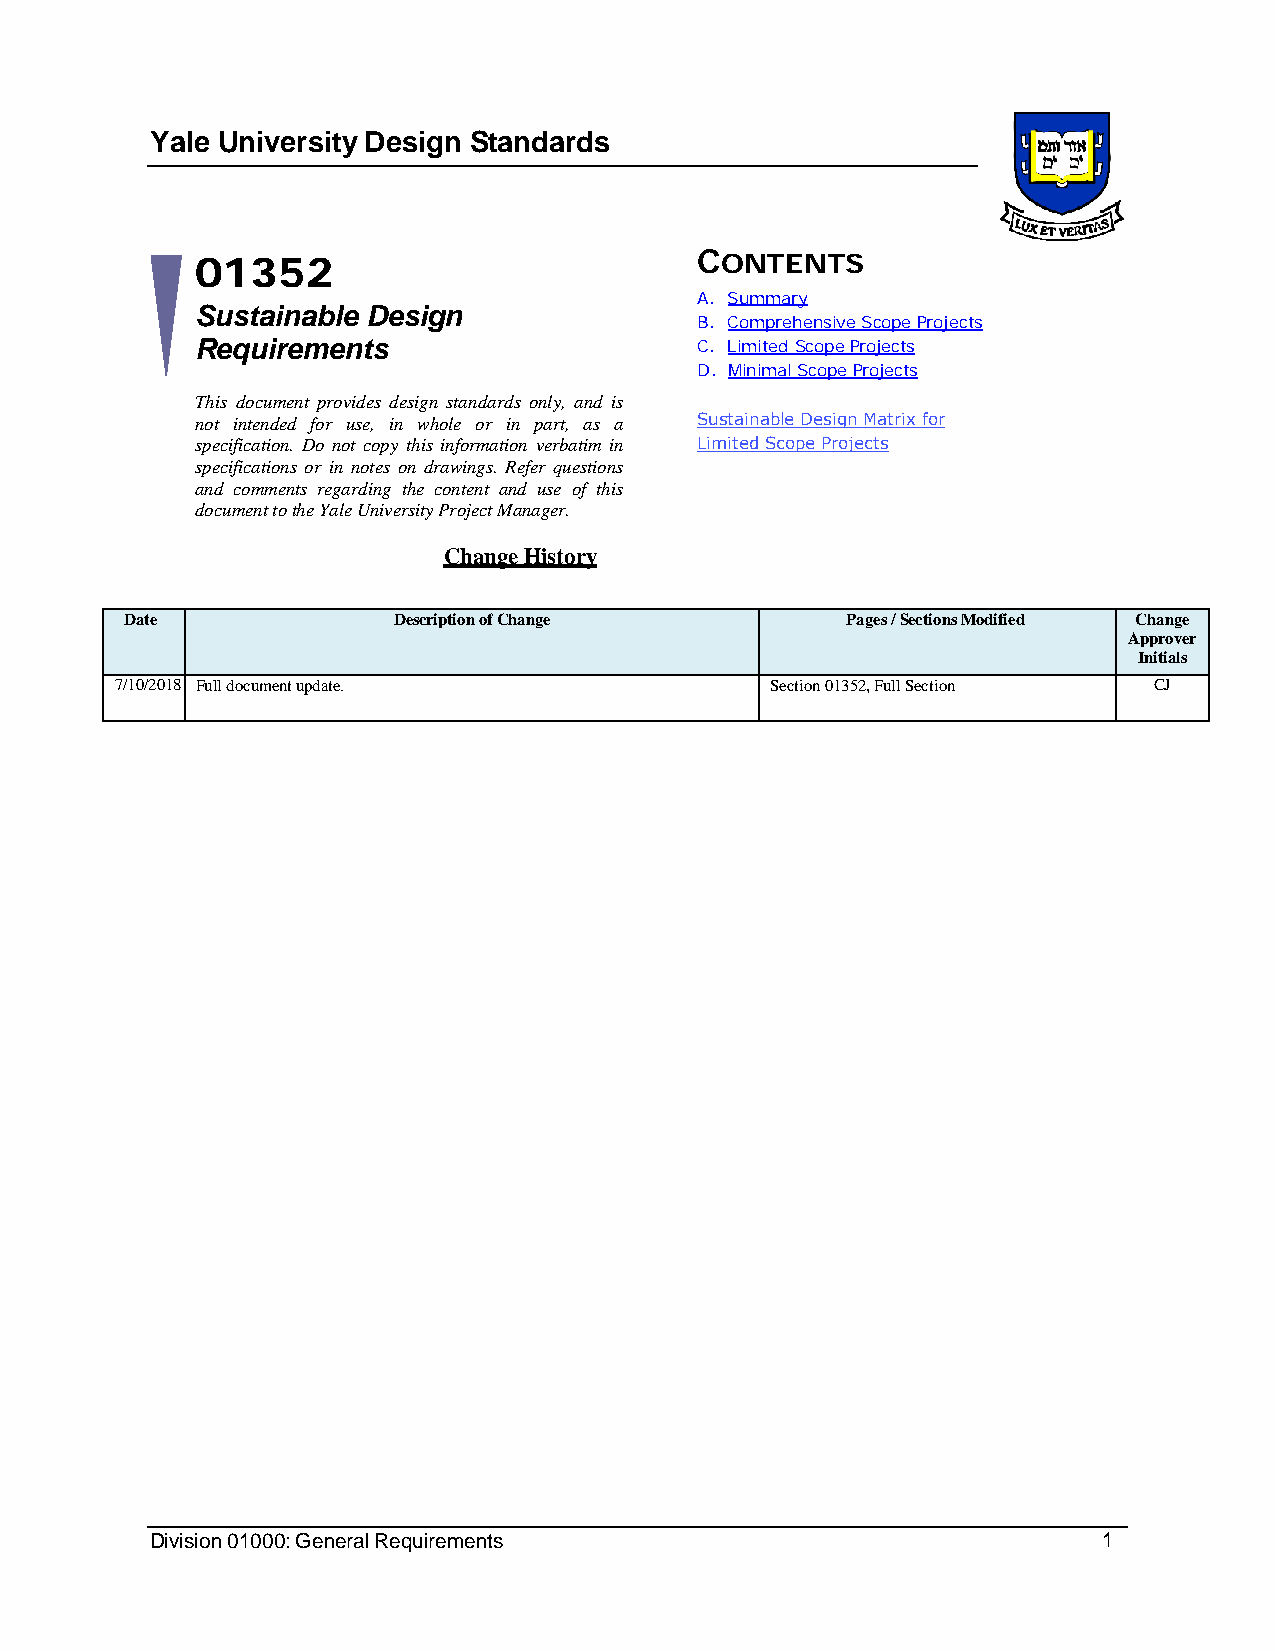
Yale University Design Standards
 01352
 CONTENTS
 A. Summary
 Sustainable Design
 B. Comprehensive Scope Projects
 Requirements                     C. Limited Scope Projects
 D. Minimal Scope Projects
 This document provides design standards only, and is
 not intended for use, in whole or in part, as a Sustainable Design Matrix for
 specification. Do not copy this information verbatim in Limited Scope Projects
 specifications or in notes on drawings. Refer questions
 and comments regarding the content and use of this
 document to the Yale University Project Manager.
 Change History
 Date              Description of Change         Pages / Sections Modified Change
 Approver
 Initials
 7/10/2018 Full document update.            Section 01352, Full Section CJ
 Division 01000: General Requirements                           1